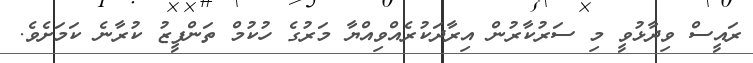
ރައީސް ވިދާޅުވީ މި ސަރުކާރުން އިރާދަކުރެއްވިއްޔާ މަރުގެ ހުކުމް ތަންފީޒު ކުރާނެ ކަމަށެވެ.